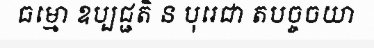
ធម្មោ ឧប្បជ្ជតិ ន បុរេជា តបច្ចចយា